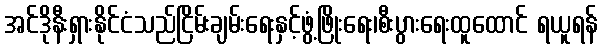
အင်ဒိုနီးရှားနိုင်ငံသည်ငြိမ်းချမ်းရေးနှင့်ဖွံ့ဖြိုးရေး၊စီးပွားရေးထူထောင် ရယူရန်